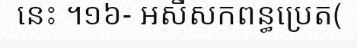
នេះ ។១៦- អសីសកពន្ធប្រេត(